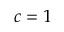
c = 1